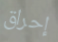
إحراق